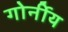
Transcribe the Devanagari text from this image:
गोर्नीय